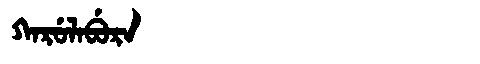
Manchu: ᡴᠠᡵᡠᠯᠠᠪᡠᡵᠠ
Romanization: KARULABURA